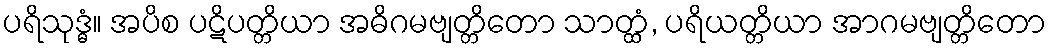
ပရိသုဒ္ဓံ။ အပိစ ပဋိပတ္တိယာ အဓိဂမဗျတ္တိတော သာတ္ထံ, ပရိယတ္တိယာ အာဂမဗျတ္တိတော